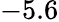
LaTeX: -5.6